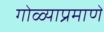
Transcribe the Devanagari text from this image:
गोळ्याप्रमाणे